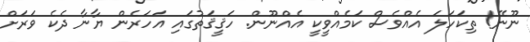
ނޫނޭ! ތިކަހަލަ އެއްވެސް ކަމެއްވީކީ އެއްނޫން. ހަޤީޤަތުގައި އަހަރެން ޔާނާ ދެކެ ވަރަށް